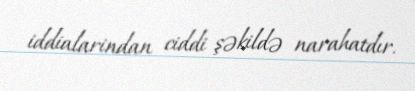
iddialarindan ciddi şəkildə narahatdır.